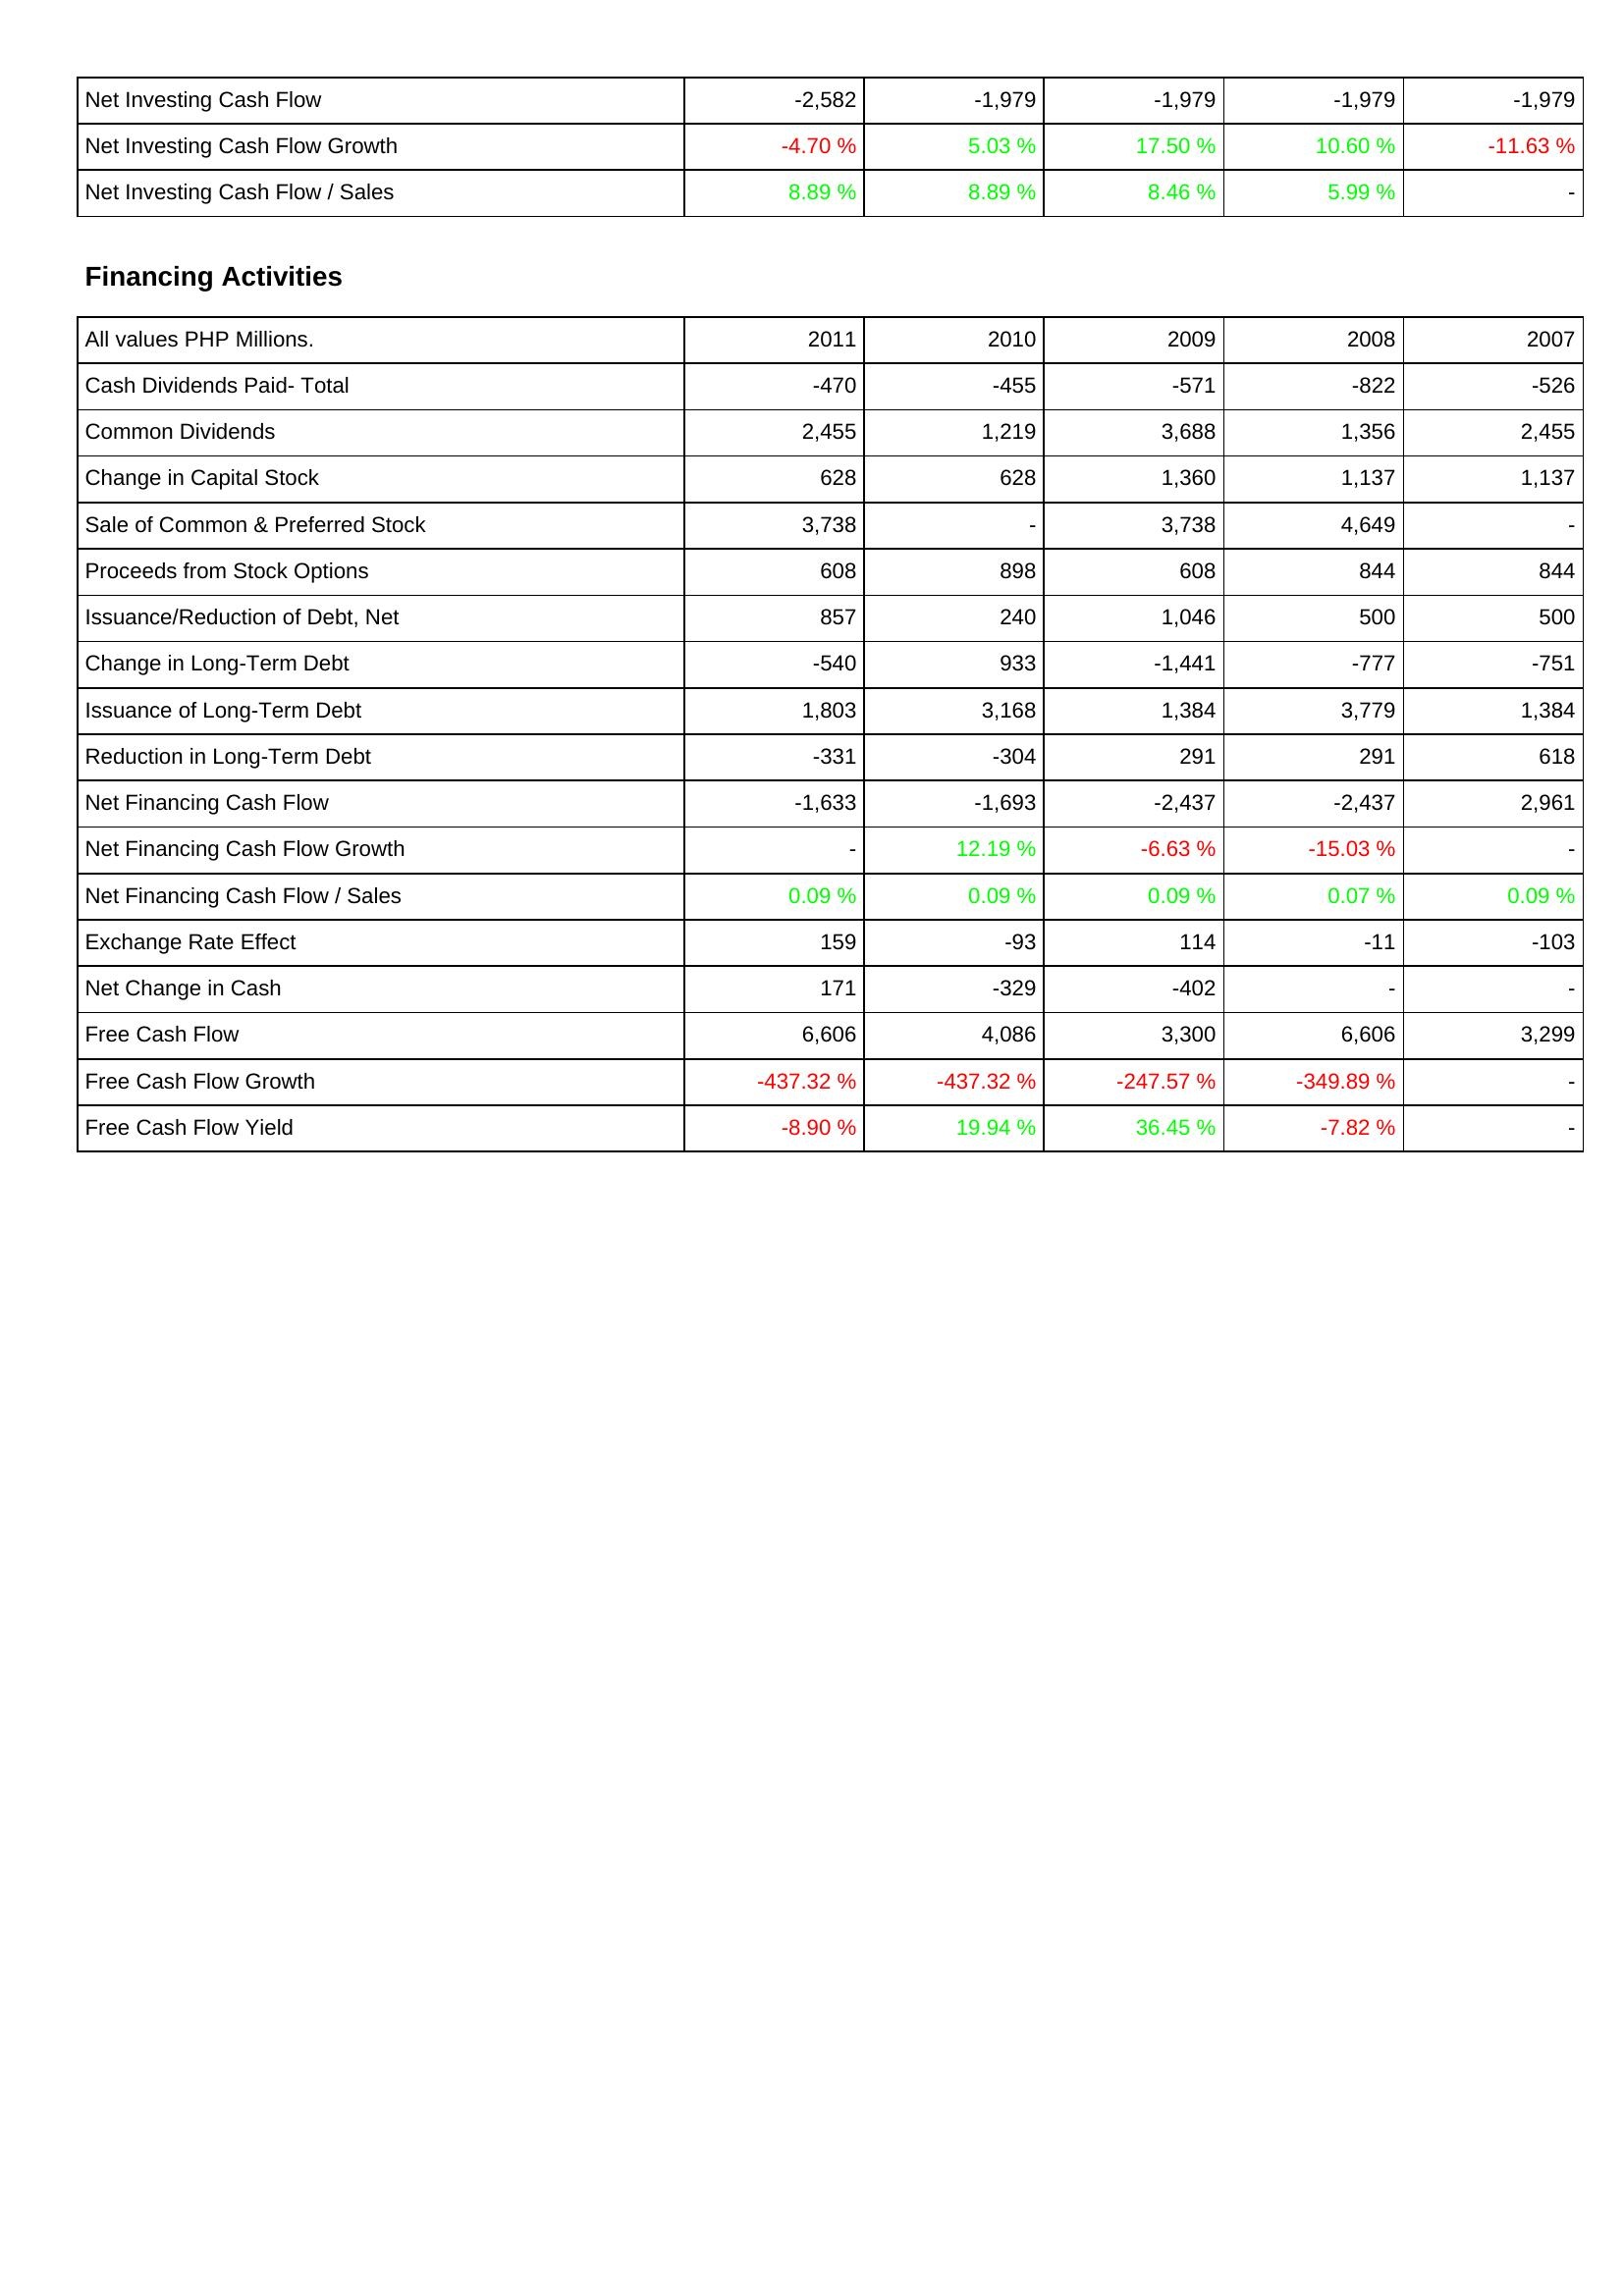
2011: Investing Activities: Net Investing Cash Flow: -2,582
Net Investing Cash Flow Growth: -4.70 %
Net Investing Cash Flow / Sales: 8.89 %
Financing Activities: Cash Dividends Paid- Total: -470
Common Dividends: 2,455
Change in Capital Stock: 628
Sale of Common & Preferred Stock: 3,738
Proceeds from Stock Options: 608
Issuance/Reduction of Debt, Net: 857
Change in Long-Term Debt: -540
Issuance of Long-Term Debt: 1,803
Reduction in Long-Term Debt: -331
Net Financing Cash Flow: -1,633
Net Financing Cash Flow Growth: -
Net Financing Cash Flow / Sales: 0.09 %
Exchange Rate Effect: 159
Net Change in Cash: 171
Free Cash Flow: 6,606
Free Cash Flow Growth: -437.32 %
Free Cash Flow Yield: -8.90 %
2010: Investing Activities: Net Investing Cash Flow: -1,979
Net Investing Cash Flow Growth: 5.03 %
Net Investing Cash Flow / Sales: 8.89 %
Financing Activities: Cash Dividends Paid- Total: -455
Common Dividends: 1,219
Change in Capital Stock: 628
Sale of Common & Preferred Stock: -
Proceeds from Stock Options: 898
Issuance/Reduction of Debt, Net: 240
Change in Long-Term Debt: 933
Issuance of Long-Term Debt: 3,168
Reduction in Long-Term Debt: -304
Net Financing Cash Flow: -1,693
Net Financing Cash Flow Growth: 12.19 %
Net Financing Cash Flow / Sales: 0.09 %
Exchange Rate Effect: -93
Net Change in Cash: -329
Free Cash Flow: 4,086
Free Cash Flow Growth: -437.32 %
Free Cash Flow Yield: 19.94 %
2009: Investing Activities: Net Investing Cash Flow: -1,979
Net Investing Cash Flow Growth: 17.50 %
Net Investing Cash Flow / Sales: 8.46 %
Financing Activities: Cash Dividends Paid- Total: -571
Common Dividends: 3,688
Change in Capital Stock: 1,360
Sale of Common & Preferred Stock: 3,738
Proceeds from Stock Options: 608
Issuance/Reduction of Debt, Net: 1,046
Change in Long-Term Debt: -1,441
Issuance of Long-Term Debt: 1,384
Reduction in Long-Term Debt: 291
Net Financing Cash Flow: -2,437
Net Financing Cash Flow Growth: -6.63 %
Net Financing Cash Flow / Sales: 0.09 %
Exchange Rate Effect: 114
Net Change in Cash: -402
Free Cash Flow: 3,300
Free Cash Flow Growth: -247.57 %
Free Cash Flow Yield: 36.45 %
2008: Investing Activities: Net Investing Cash Flow: -1,979
Net Investing Cash Flow Growth: 10.60 %
Net Investing Cash Flow / Sales: 5.99 %
Financing Activities: Cash Dividends Paid- Total: -822
Common Dividends: 1,356
Change in Capital Stock: 1,137
Sale of Common & Preferred Stock: 4,649
Proceeds from Stock Options: 844
Issuance/Reduction of Debt, Net: 500
Change in Long-Term Debt: -777
Issuance of Long-Term Debt: 3,779
Reduction in Long-Term Debt: 291
Net Financing Cash Flow: -2,437
Net Financing Cash Flow Growth: -15.03 %
Net Financing Cash Flow / Sales: 0.07 %
Exchange Rate Effect: -11
Net Change in Cash: -
Free Cash Flow: 6,606
Free Cash Flow Growth: -349.89 %
Free Cash Flow Yield: -7.82 %
2007: Investing Activities: Net Investing Cash Flow: -1,979
Net Investing Cash Flow Growth: -11.63 %
Net Investing Cash Flow / Sales: -
Financing Activities: Cash Dividends Paid- Total: -526
Common Dividends: 2,455
Change in Capital Stock: 1,137
Sale of Common & Preferred Stock: -
Proceeds from Stock Options: 844
Issuance/Reduction of Debt, Net: 500
Change in Long-Term Debt: -751
Issuance of Long-Term Debt: 1,384
Reduction in Long-Term Debt: 618
Net Financing Cash Flow: 2,961
Net Financing Cash Flow Growth: -
Net Financing Cash Flow / Sales: 0.09 %
Exchange Rate Effect: -103
Net Change in Cash: -
Free Cash Flow: 3,299
Free Cash Flow Growth: -
Free Cash Flow Yield: -